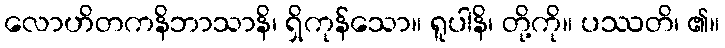
လောဟိတကနိဘာသာနိ၊ ရှိကုန်သော။ ရူပါနိ၊ တို့ကို။ ပဿတိ၊ ၏။